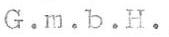
G.m.b.H.